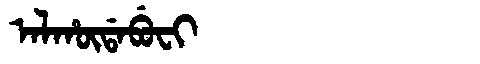
Manchu: ᠠᠯᡥᡡᡩᠠᠪᡠᠸᡳ
Romanization: ALHŪDABUFI